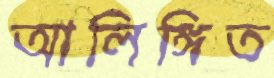
আলিঙ্গিত